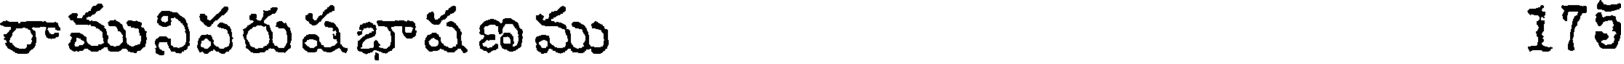
రామునిపరుషభాషణమ 175